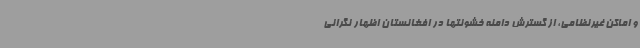
و اماکن غیرنظامی، از گسترش دامنه خشونتها در افغانستان اظهار نگرانی